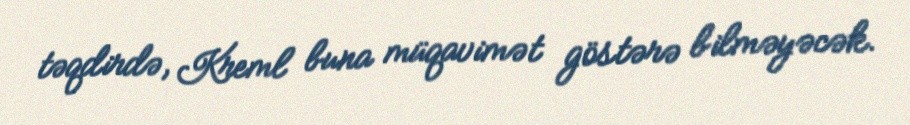
təqdirdə, Kreml buna müqavimət göstərə bilməyəcək.